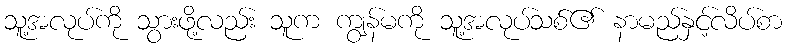
သူ့အလုပ်ကို သွားဖို့လည်း သူက ကျွန်မကို သူ့အလုပ်သစ်၏ နာမည်နှင့်လိပ်စာ